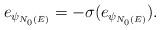
LaTeX: \begin{align*}\begin{aligned}e_{\psi_{N_0(E)}}=-\sigma(e_{\psi_{N_0(E)}}).\end{aligned}\end{align*}